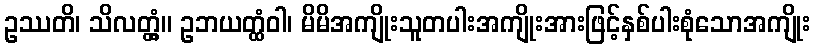
ဥဿတိ၊ သိလတ္တံ့။ ဥဘယတ္ထံဝါ၊ မိမိအကျိုးသူတပါးအကျိုးအားဖြင့်နှစ်ပါးစုံသောအကျိုး